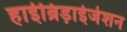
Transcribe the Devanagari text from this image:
हाईब्रिड़ाईजेशन